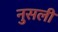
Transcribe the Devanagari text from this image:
नुसली